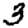
Digit: 3